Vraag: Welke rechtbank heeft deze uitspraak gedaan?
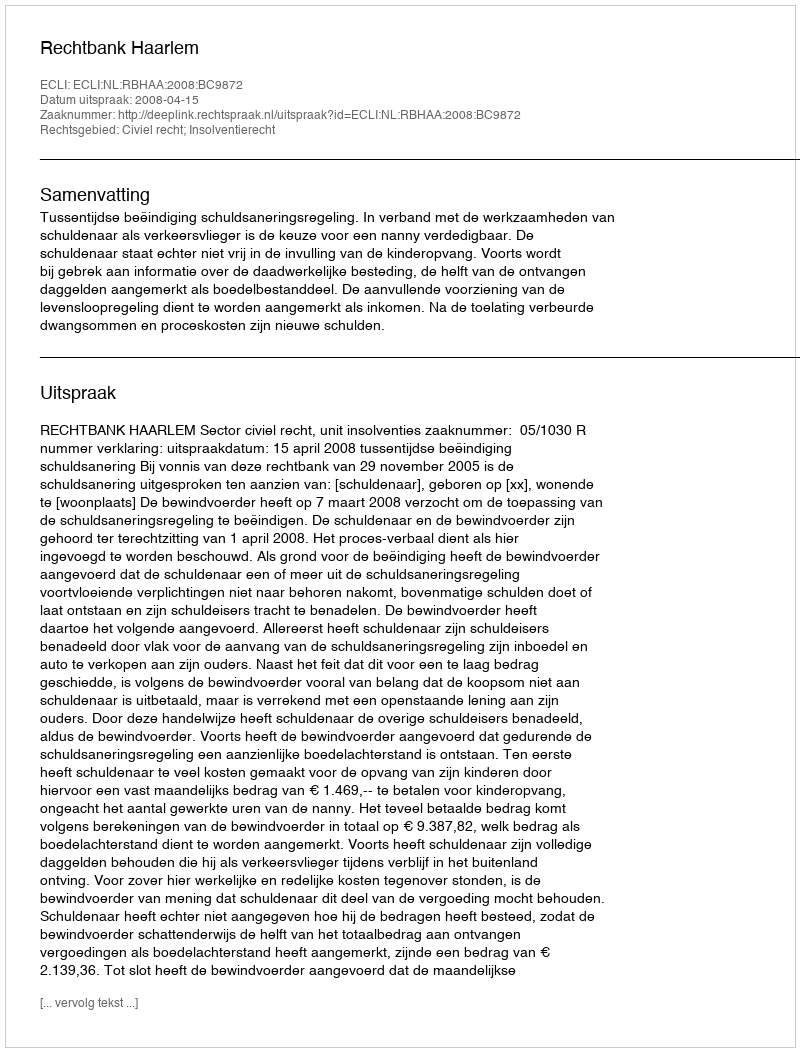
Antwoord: Rechtbank Haarlem